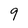
Character: 9